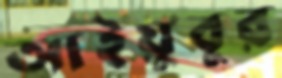
আইয়ুবুর